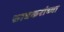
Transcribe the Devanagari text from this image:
सावकरांच्या